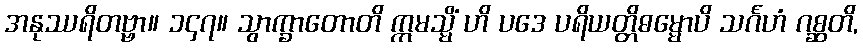
အနုဿရိတဗ္ဗာ။ ၁၄၇။ သွာက္ခာတောတိ ဣမသ္မိံ ဟိ ပဒေ ပရိယတ္တိဓမ္မောပိ သင်္ဂဟံ ဂစ္ဆတိ,